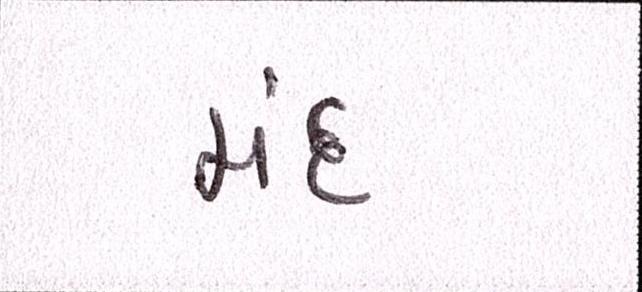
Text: મંદ